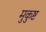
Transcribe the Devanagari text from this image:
मुकुष्ट